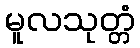
မူလသုတ္တံ